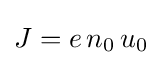
J=e\,n_{0}\,u_{0}